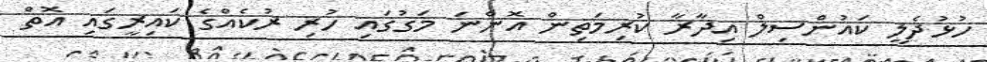
ހުޅުދެލީ ކައުންސިލް އިދާރާ ކުރިމަތިން އޮންނަ މަގުގައި ހުރި ރުކެއްގެ ކައިރީގައި އޮތް